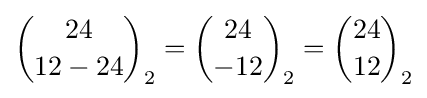
{24 \choose 12-24}_{2}={24 \choose -12}_{2}={24 \choose 12}_{2}